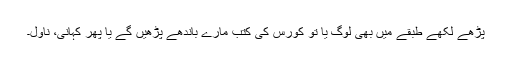
پڑھے لکھے طبقے میں بھی لوگ یا تو کورس کی کتب مارے باندھے پڑھیں گے یا پھر کہانی، ناول۔